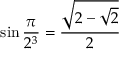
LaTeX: \sin { \frac { \pi } { 2 ^ { 3 } } } = { \frac { \sqrt { 2 - { \sqrt { 2 } } } } { 2 } }